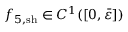
{ f } _ { 5 , \mathrm { s h } } \in C ^ { 1 } ( [ 0 , \bar { \varepsilon } ] )